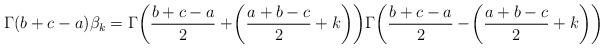
LaTeX: \begin{align*}\Gamma(b+c-a)\beta_{k}=\Gamma\!\left(\frac{b+c-a}{2}+\!\left(\frac{a+b-c}{2}+k\right)\right)\!\Gamma\!\left(\frac{b+c-a}{2}-\!\left(\frac{a+b-c}{2}+k\right)\right)\end{align*}